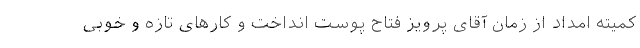
کمیته امداد از زمان آقای پرویز فتاح پوست انداخت و کارهای تازه و خوبی